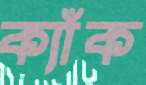
ক্যাঁক